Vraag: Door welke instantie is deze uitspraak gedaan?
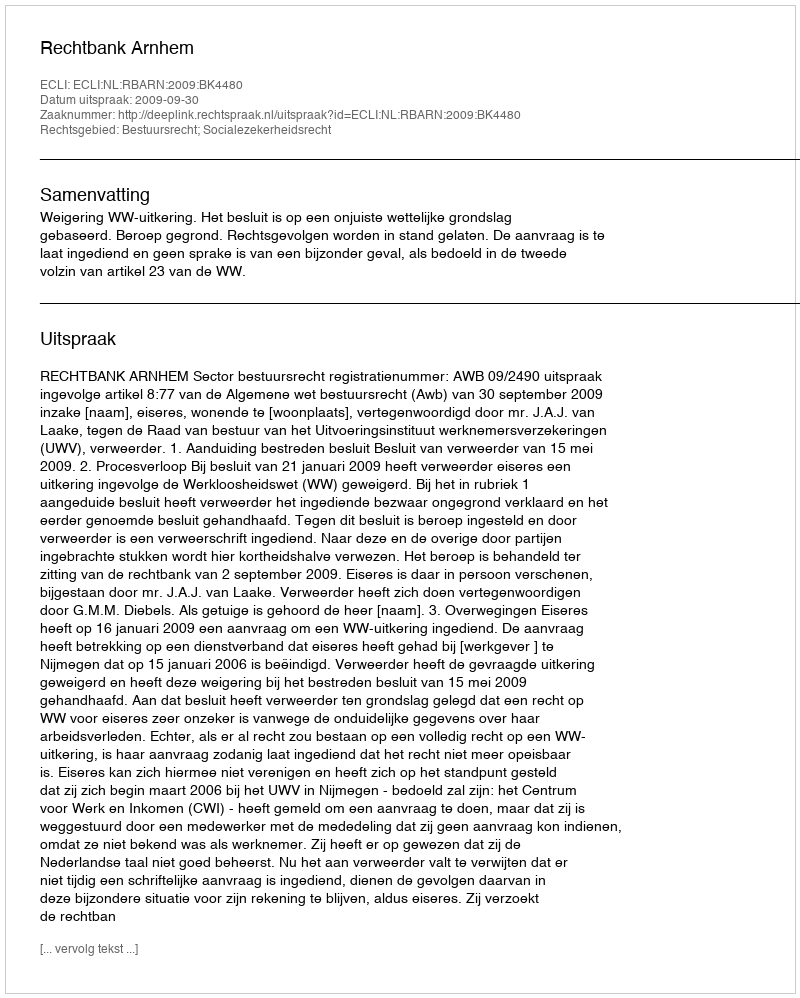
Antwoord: Rechtbank Arnhem